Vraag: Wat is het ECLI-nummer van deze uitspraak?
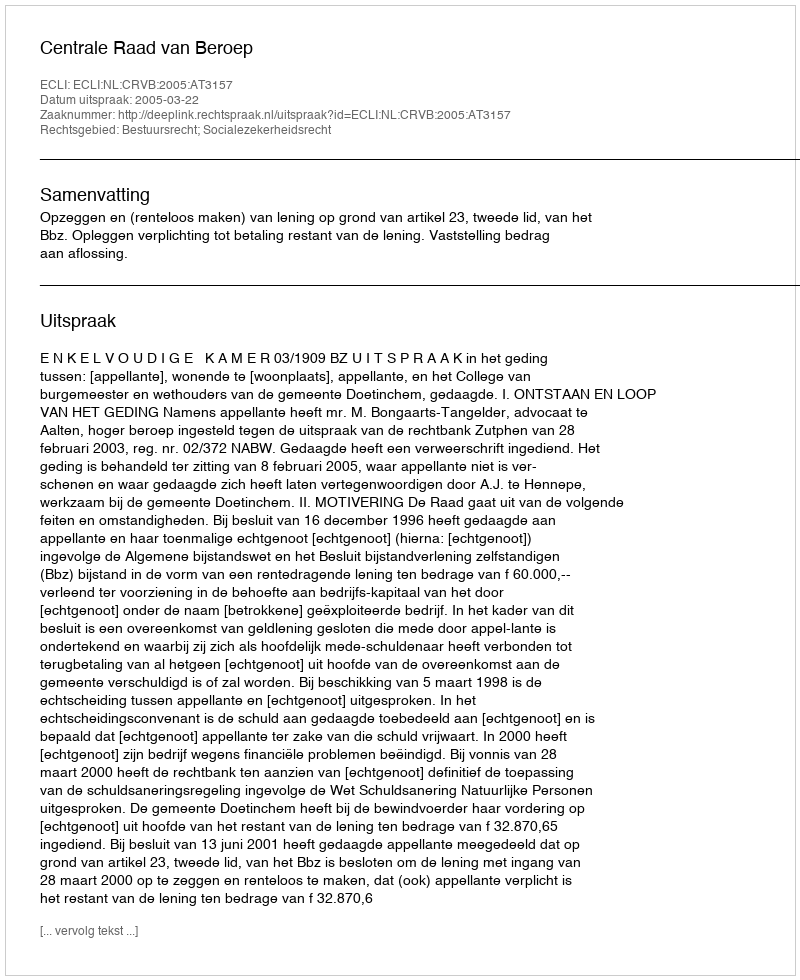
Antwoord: ECLI:NL:CRVB:2005:AT3157